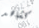
كشاهد